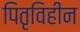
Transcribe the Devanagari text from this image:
पितृविहीन